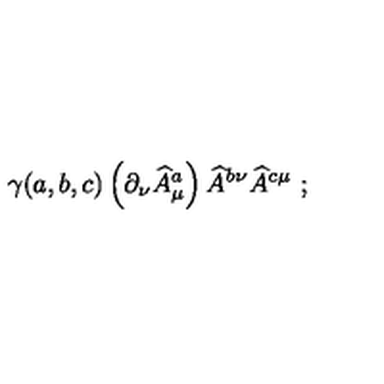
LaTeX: \gamma ( a , b , c ) \left( \partial _ { \nu } \widehat { A } _ { \mu } ^ { a } \right) \widehat { A } ^ { b \nu } \widehat { A } ^ { c \mu } \ ;